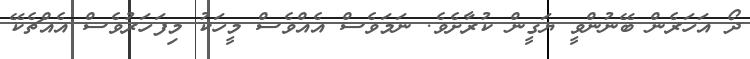
ދޯ އަހަރެން ބޭނުންވީ ޔަގީން ކުރާށެވެ. ނަމަވެސް އެއްވެސް މީހަކު މިފަހަރުވެސް އެއްޗެކޭ